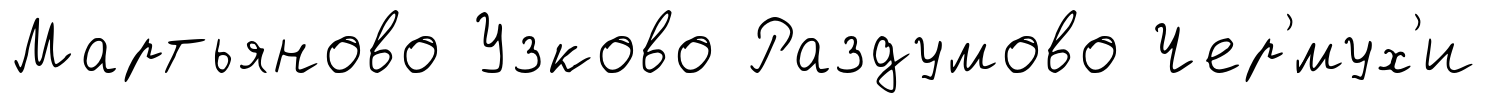
Мартьяново Узково Раздумово Чер'́мух'и